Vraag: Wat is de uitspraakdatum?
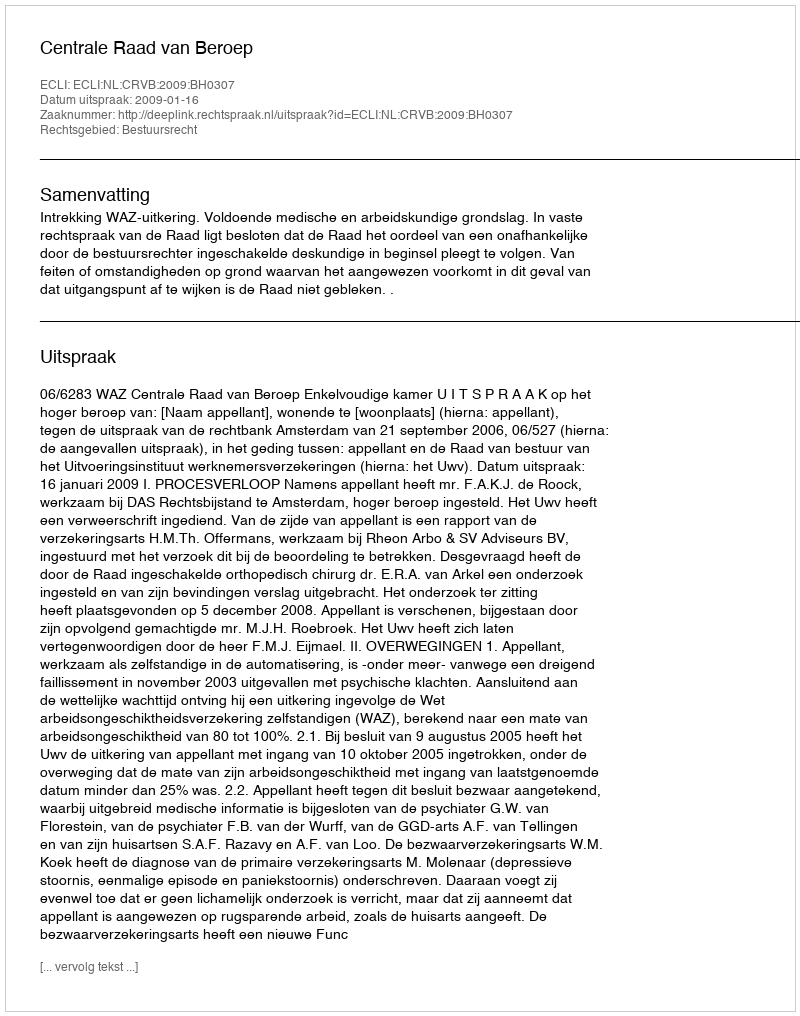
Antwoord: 2009-01-16